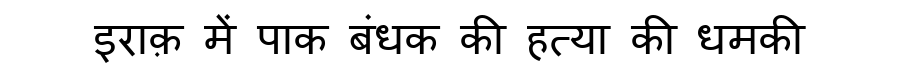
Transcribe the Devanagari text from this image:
इराक़ में पाक बंधक की हत्या की धमकी